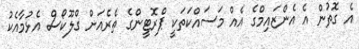
އެ ގޮތުން އެ އެންޒައިމްގެ އެއް މަސައްކަތަކީ ޕްރޮޓީންގެ ތެރެއަށް ގްލޫކޯސް އެޅުމާއެކު